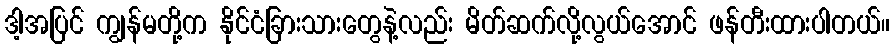
ဒါ့အပြင် ကျွန်မတို့က နိုင်ငံခြားသားတွေနဲ့လည်း မိတ်ဆက်လို့လွယ်အောင် ဖန်တီးထားပါတယ်။